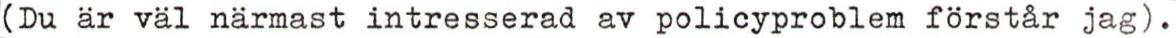
(Du är väl närmast intresserad av policyproblem förstår jag).